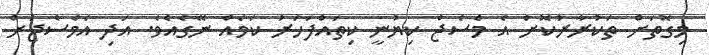
މިގޮތަށް ތަކުރާރުކޮށް އެ މެސެޖް ކިޔުނީ ކިތައްފަހަރު ކަމެއް ނޭގެއެވެ. އަދި އެމެސެޖަށް